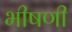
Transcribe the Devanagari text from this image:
भीषणी